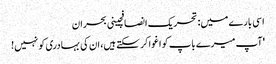
اسی بارے میں: تحریک انصافچینی بحران
'آپ میرے باپ کو اغوا کر سکتے ہیں، ان کی بہادری کو نہیں!